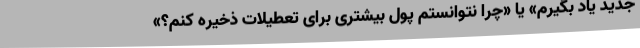
جدید یاد بگیرم» یا «چرا نتوانستم پول بیشتری برای تعطیلات ذخیره کنم؟»